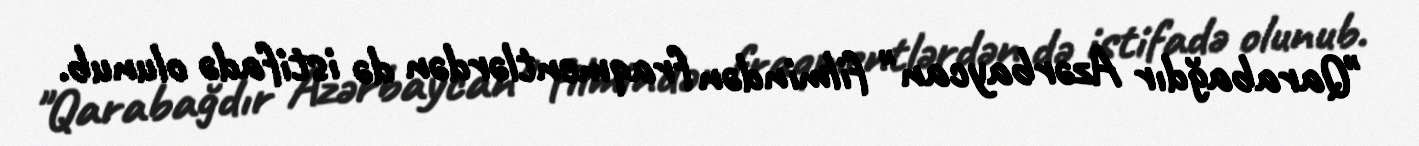
"Qarabağdır Azərbaycan" filmindən fraqmentlərdən də istifadə olunub.